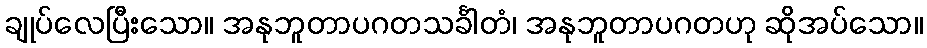
ချုပ်လေပြီးသော။ အနုဘူတာပဂတသင်္ခါတံ၊ အနုဘူတာပဂတဟု ဆိုအပ်သော။